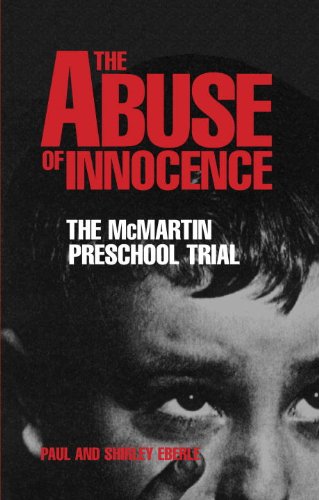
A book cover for The Abuse of Innocence: The McMartin Preschool Trial; Paul Eberle; Law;